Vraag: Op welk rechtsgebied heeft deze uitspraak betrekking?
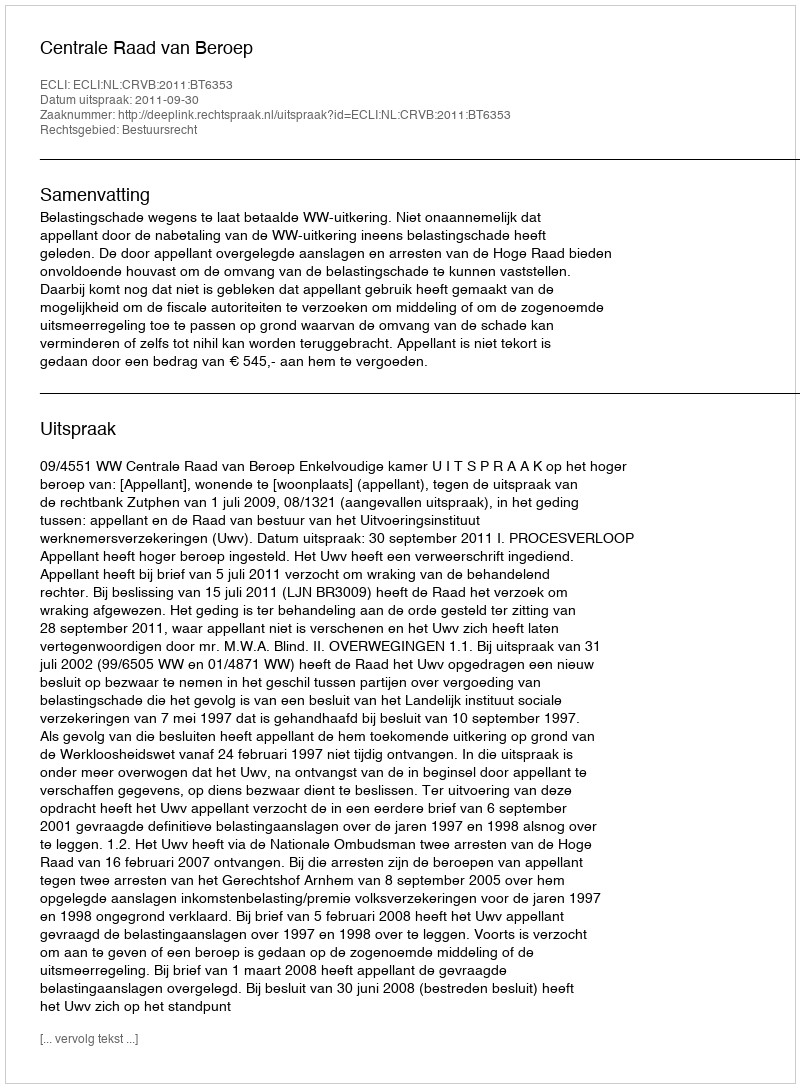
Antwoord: Bestuursrecht